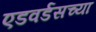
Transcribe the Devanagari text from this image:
एडवर्डसच्या